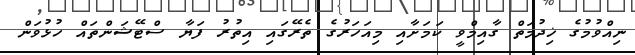
ނިއްވުމުގެ ޚިދުމަތް ގާއިމްވީ ކަމަށާއި މިއަހަރުގެ ތެރޭގައި އިތުރު ފަޔާ ސްޓޭޝަންތައް ހުޅުވަން